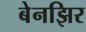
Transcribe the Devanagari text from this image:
बेनझिर